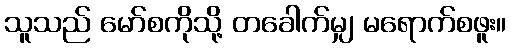
သူသည် မော်စကိုသို့ တခေါက်မျှ မရောက်စဖူး။